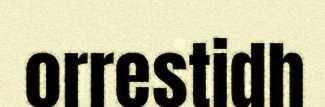
orrestidh